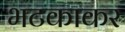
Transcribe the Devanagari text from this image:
भटकाकर